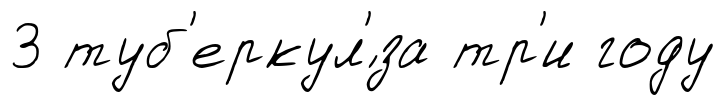
3 туб'еркул'́за тр'и году